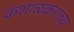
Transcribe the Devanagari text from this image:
कशाळकरांच्या